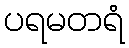
ပရမတရံ